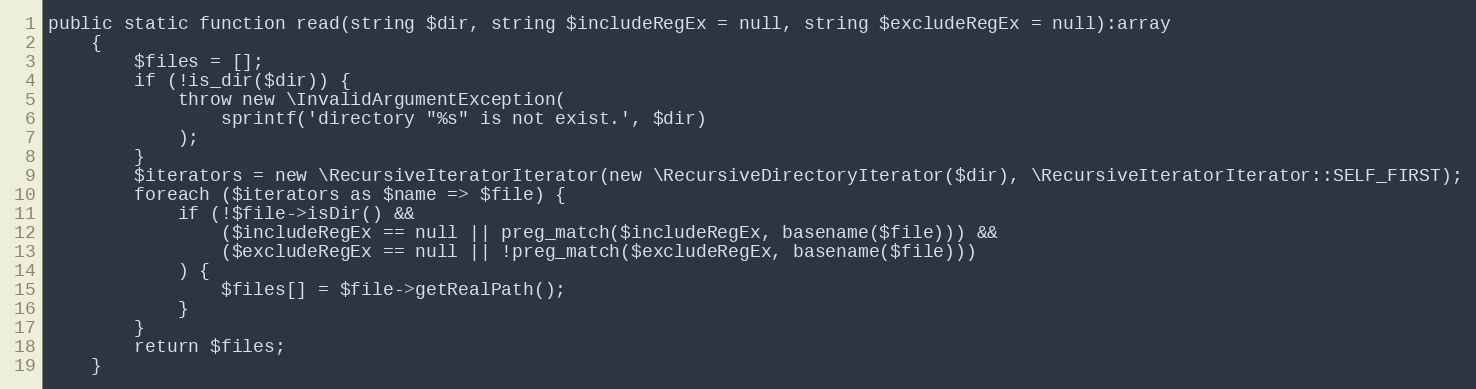
Language: PHP
public static function read(string $dir, string $includeRegEx = null, string $excludeRegEx = null):array
    {
        $files = [];
        if (!is_dir($dir)) {
            throw new \InvalidArgumentException(
                sprintf('directory "%s" is not exist.', $dir)
            );
        }
        $iterators = new \RecursiveIteratorIterator(new \RecursiveDirectoryIterator($dir), \RecursiveIteratorIterator::SELF_FIRST);
        foreach ($iterators as $name => $file) {
            if (!$file->isDir() &&
                ($includeRegEx == null || preg_match($includeRegEx, basename($file))) &&
                ($excludeRegEx == null || !preg_match($excludeRegEx, basename($file)))
            ) {
                $files[] = $file->getRealPath();
            }
        }
        return $files;
    }